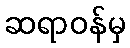
ဆရာဝန်မှ